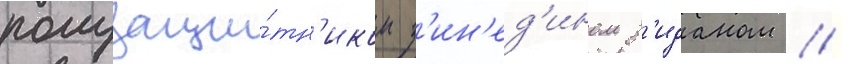
полузащи́тн'иком з'ин'ед'ином з'иданом //